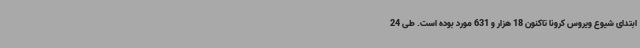
ابتدای شیوع ویروس کرونا تاکنون 18 هزار و 631 مورد بوده است. طی 24